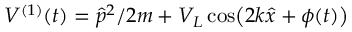
V ^ { ( 1 ) } ( t ) = \hat { p } ^ { 2 } / 2 m + V _ { L } \cos \bigl ( 2 k \hat { x } + \phi ( t ) \bigr )